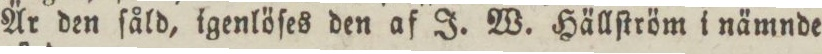
Är den ſåld, igenlöſes den af J. W. Hällſtröm i nämnde